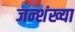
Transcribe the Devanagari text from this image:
जन्शंख्या